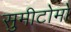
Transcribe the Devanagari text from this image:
सुमीटोमो